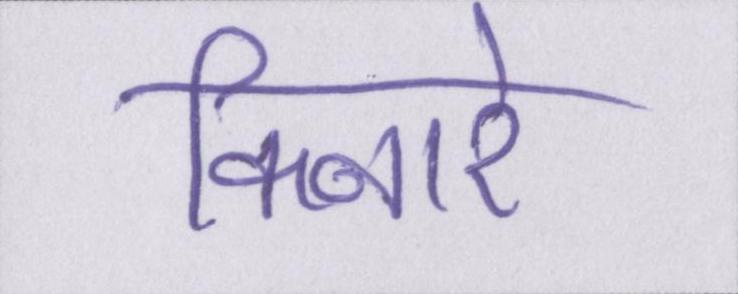
किनारे